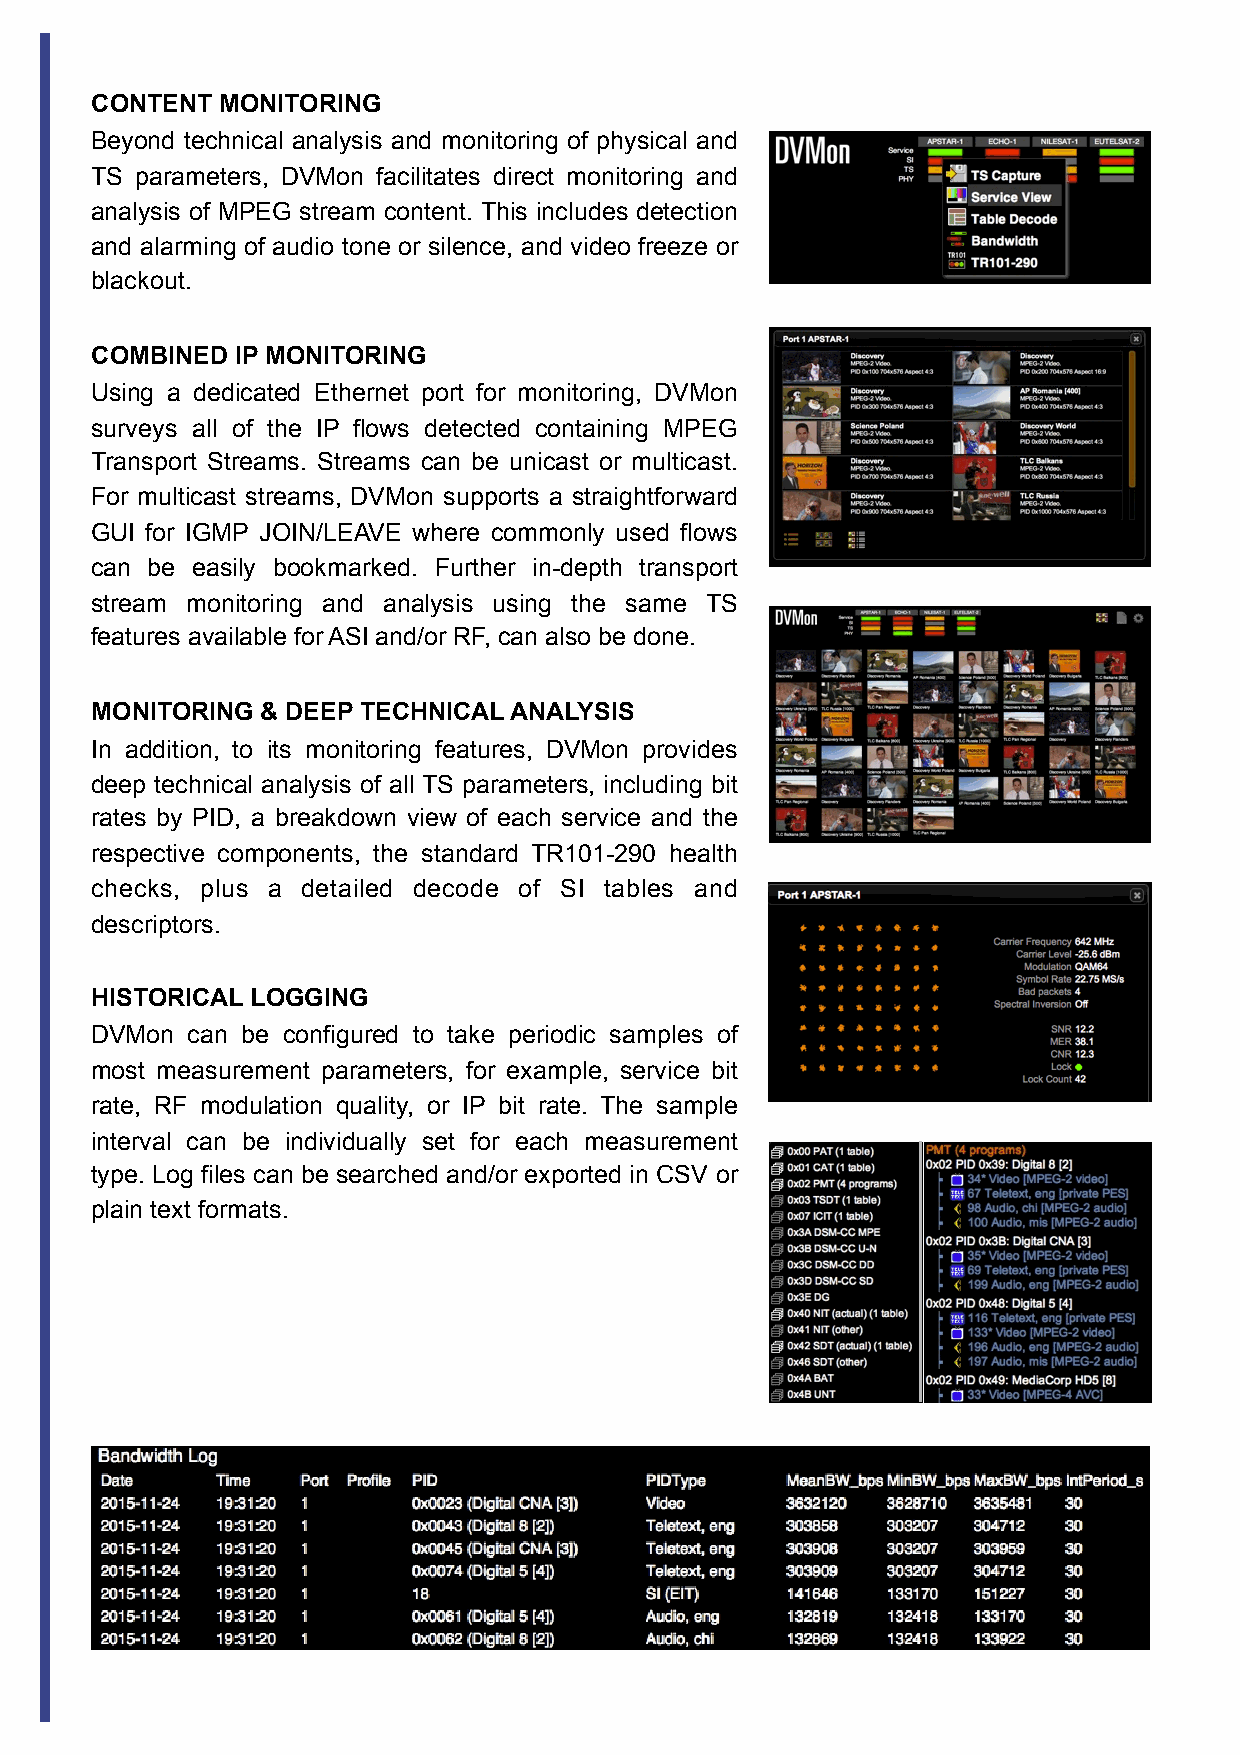
CONTENT  MONITORING
 Beyond technical analysis and monitoring of physical and
 TS parameters, DVMon facilitates direct monitoring and
 analysis of MPEG stream content. This includes detection
 and alarming of audio tone or silence, and video freeze or
 blackout.
 COMBINED  IP MONITORING
 Using a dedicated Ethernet port for monitoring, DVMon
 surveys all of the IP flows detected containing MPEG
 Transport Streams. Streams can be unicast or multicast.
 For multicast streams, DVMon supports a straightforward
 GUI for IGMP JOIN/LEAVE where commonly used flows
 can be easily bookmarked. Further in-depth transport
 stream monitoring and analysis using the same TS
 features available for ASI and/or RF, can also be done.
 MONITORING & DEEP TECHNICAL ANALYSIS
 In addition, to its monitoring features, DVMon provides
 deep technical analysis of all TS parameters, including bit
 rates by PID, a breakdown view of each service and the
 respective components, the standard TR101-290 health
 checks, plus a detailed decode of SI tables and
 descriptors.
 HISTORICAL LOGGING
 DVMon can be configured to take periodic samples of
 most measurement parameters, for example, service bit
 rate, RF modulation quality, or IP bit rate. The sample
 interval can be individually set for each measurement
 type. Log files can be searched and/or exported in CSV or
 plain text formats.